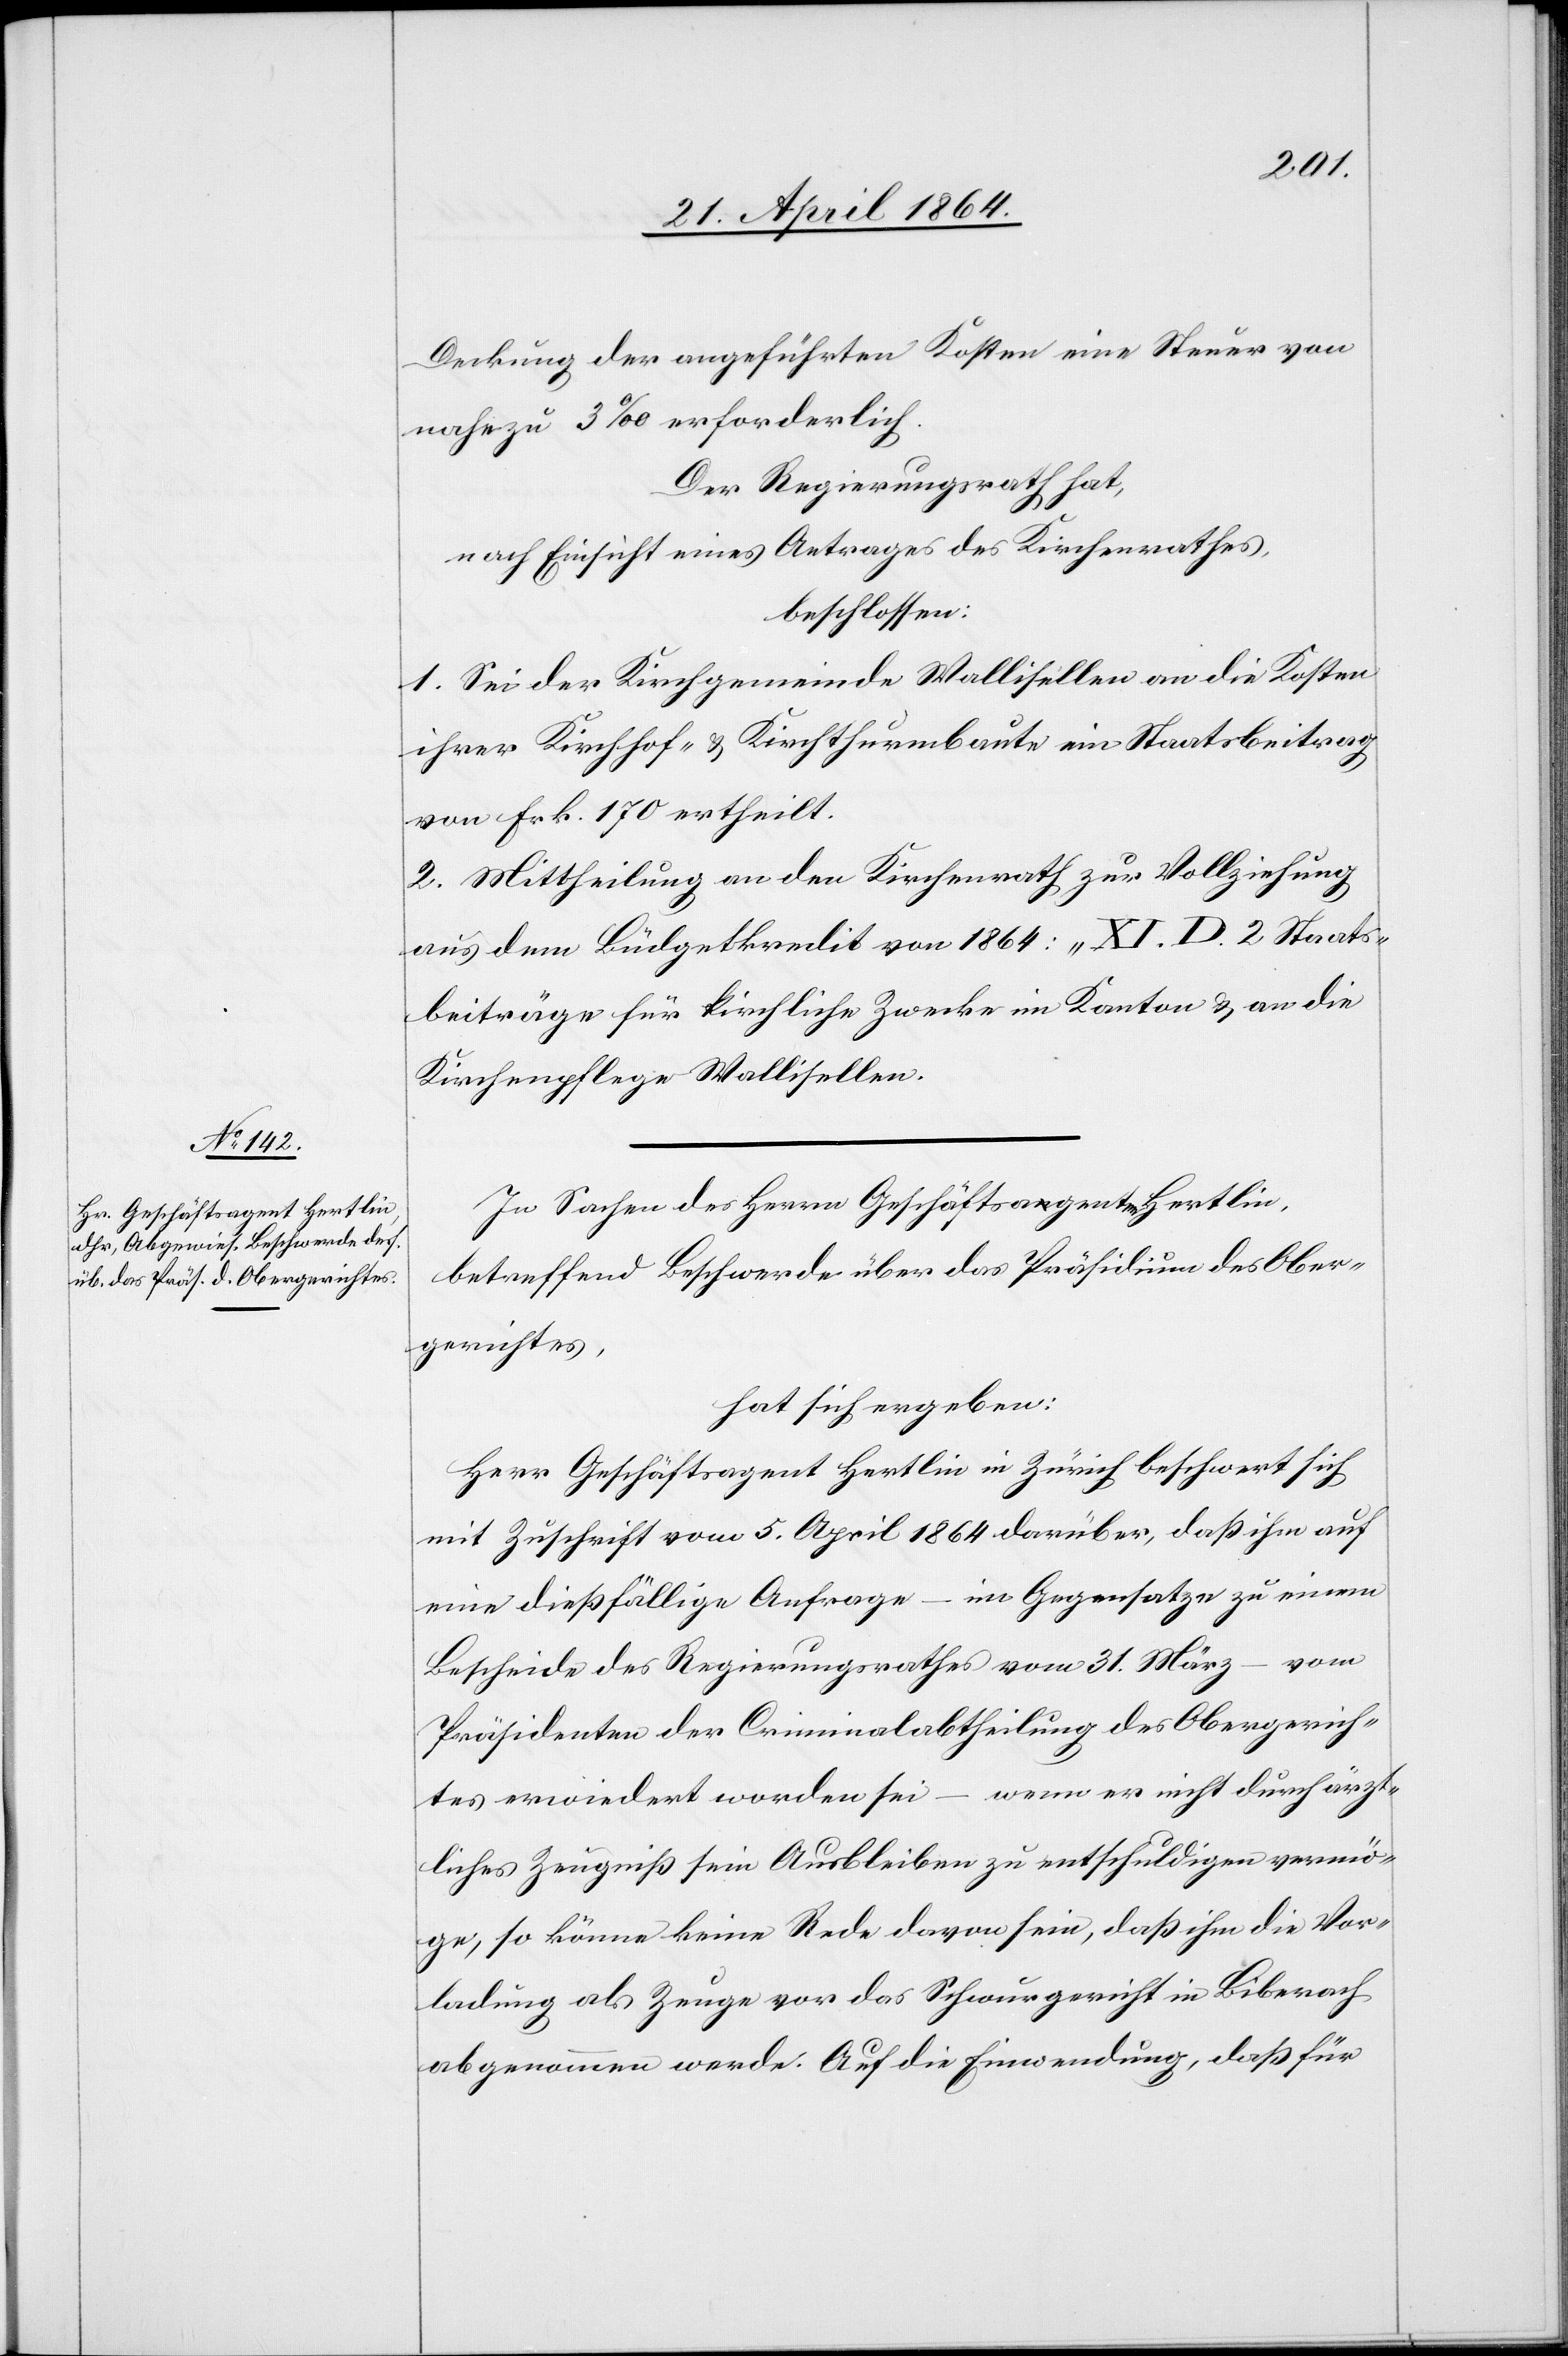
Deckung der angeführten Kosten eine Steuer von
nahezu 3‰ erforderlich.
Der Regierungsrath hat,
nach Einsicht eines Antrages des Kirchenrathes,
beschlossen:
1. Sei der Kirchgemeinde Wallisellen an die Kosten
ihrer Kirchhof- u. Kirchthurmbaute ein Staatsbeitrag
von Frk. 170 ertheilt.
2. Mittheilung an den Kirchenrath zur Vollziehung
aus dem Büdgetkredit von 1864: „XI.D.2 Staats¬
beiträge für kirchliche Zwecke im Kanton“ u. an die
Kirchenpflege Wallisellen.
In Sachen des Herrn Geschäftsagenten Hertlin,
betreffend Beschwerde über das Präsidium des Ober¬
gerichtes,
hat sich ergeben:
Herr Geschäftsagent Hertlin in Zürich beschwert sich
mit Zuschrift vom 5. April 1864 darüber, daß ihn auf
eine dießfällige Anfrage – im Gegensatze zu einem
Bescheide des Regierungsrathes vom 31. März – vom
Präsidenten der Criminalabtheilung des Obergerich¬
tes erwiedert worden sei – wenn er nicht durch ärzt¬
liches Zeugniß sein Ausbleiben zu entschuldigen vermö¬
ge, so könne keine Rede davon sein, daß ihm die Vor¬
ladung als Zeuge vor das Schwurgericht in Biberach
abgenommen werde. Auf die Einwendung, daß für